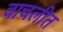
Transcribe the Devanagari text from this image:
वाचलीत